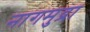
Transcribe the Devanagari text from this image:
नागमुद्रा